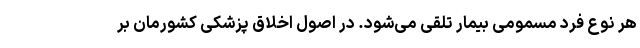
هر نوع فرد مسمومی بیمار تلقی می‌شود. در اصول اخلاق پزشکی کشورمان بر